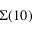
\Sigma ( 1 0 )